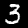
Label: 3